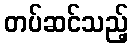
တပ်ဆင်သည့်